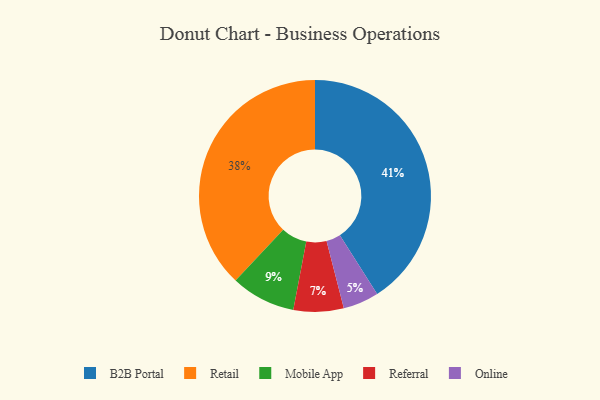
{"axis": {"x": "Category", "y": "Percentage"}, "legend": ["B2B Portal", "Mobile App", "Online", "Referral", "Retail"], "data": [{"x": "Referral", "y": 7, "type": "Referral"}, {"x": "Retail", "y": 38, "type": "Retail"}, {"x": "B2B Portal", "y": 41, "type": "B2B Portal"}, {"x": "Mobile App", "y": 9, "type": "Mobile App"}, {"x": "Online", "y": 5, "type": "Online"}]}